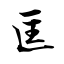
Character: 匡